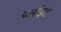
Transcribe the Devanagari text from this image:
पर्लाईट